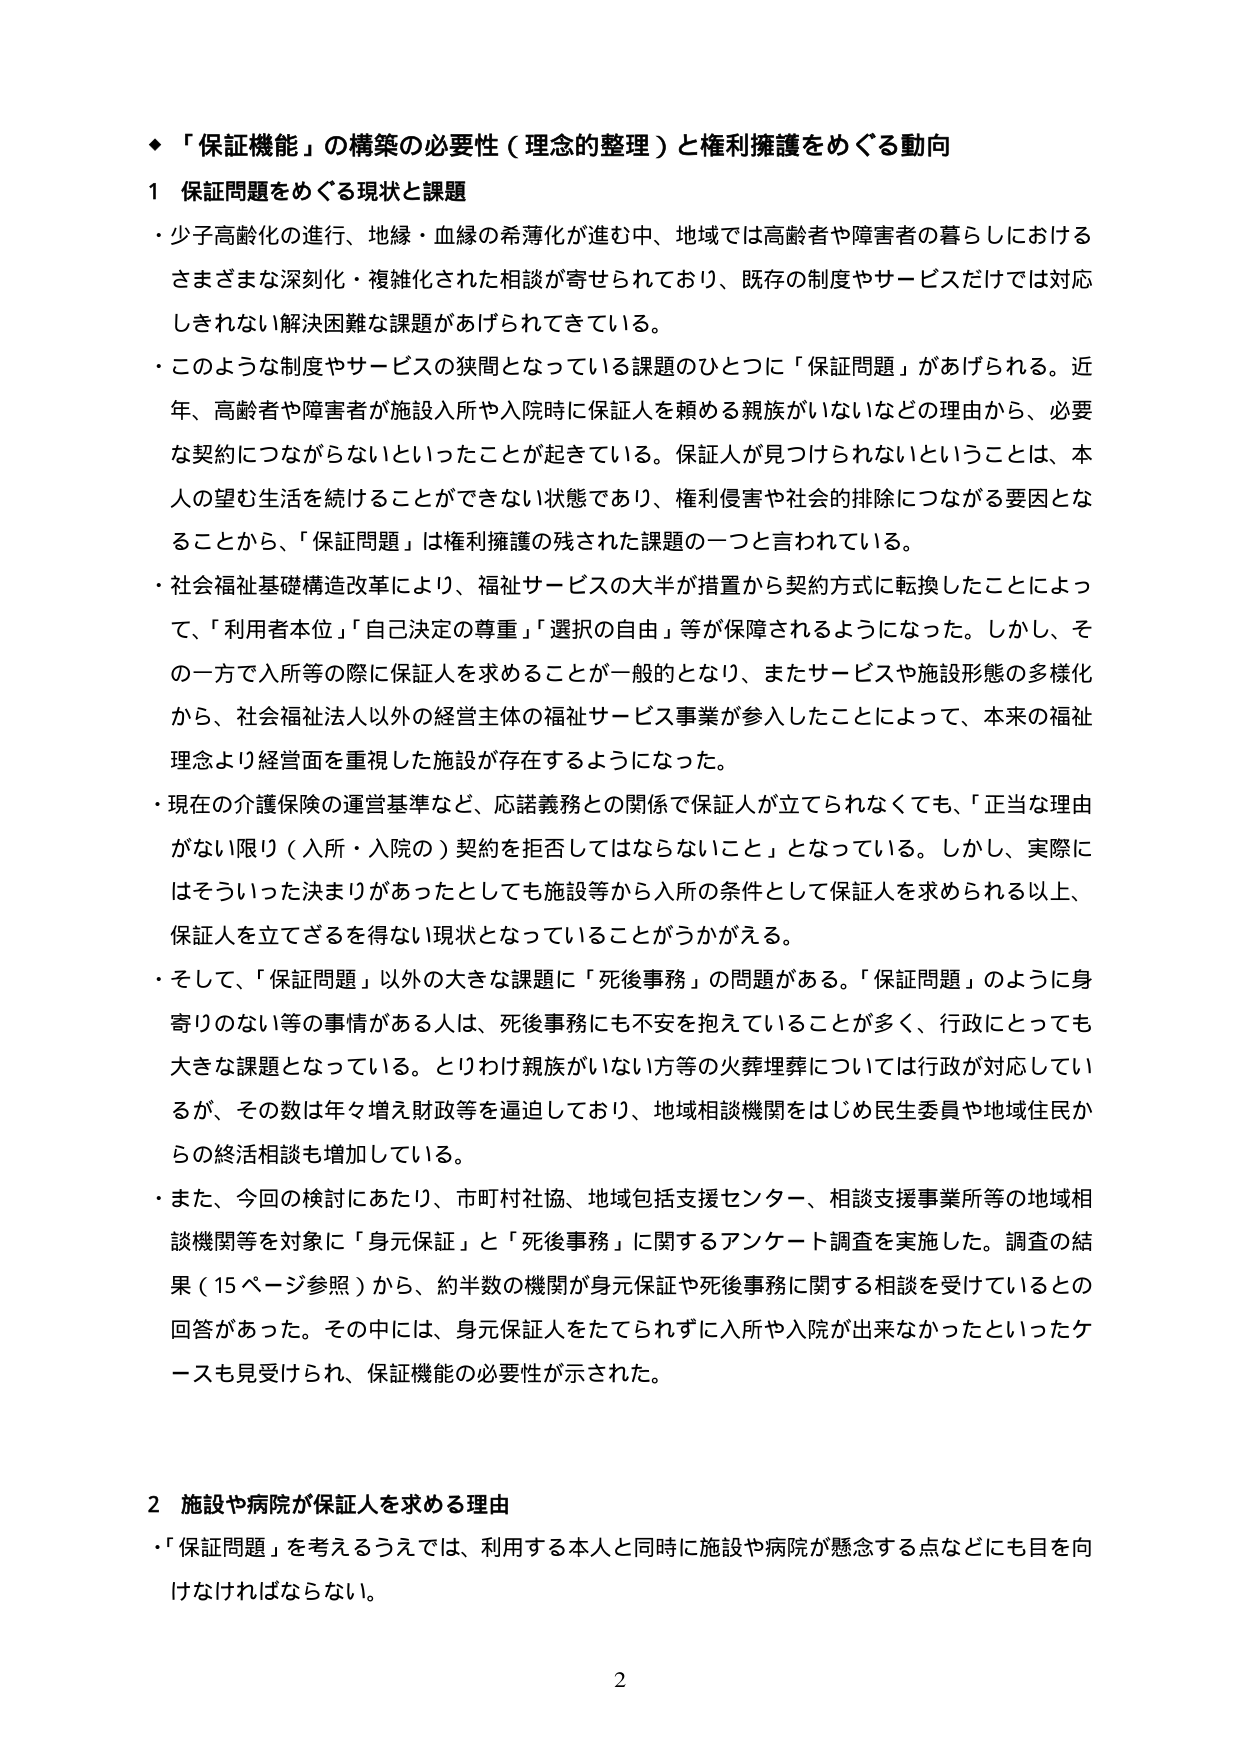
◆「保証機能」の構築の必要性（理念的整理）と権利擁護をめぐる動向

1 保証問題をめぐる現状と課題

・少子高齢化の進行、地縁・血縁の希薄化が進む中、地域では高齢者や障害者の暮らしにおけるさまざまな深刻化・複雑化された相談が寄せられており、既存の制度やサービスだけでは対応しきれない解決困難な課題があげられてきている。

・このような制度やサービスの狭間となっている課題のひとつに「保証問題」があげられる。近年、高齢者や障害者が施設入所や入院時に保証人を頼める親族がいないなどの理由から、必要な契約につながらないといったことが起きている。保証人が見つけられないということは、本人の望む生活を続けることができない状態であり、権利侵害や社会的排除につながる要因となることから、「保証問題」は権利擁護の残された課題の一つと言われている。

・社会福祉基礎構造改革により、福祉サービスの大半が措置から契約方式に転換したことによって、「利用者本位」「自己決定の尊重」「選択の自由」等が保障されるようになった。しかし、その一方で入所等の際に保証人を求めることのが一般的となり、またサービスや施設形態の多様化から、社会福祉法人以外の経営主体の福祉サービス事業が参入したことによって、本来の福祉理念より経営面を重視した施設が存在するようになった。

・現在の介護保険の運営基準など、応諾義務との関係で保証人が立てられなくても、「正当な理由がない限り（入所・入院の）契約を拒否してはならないこと」となっている。しかし、実際にはそういった決まりがあったとしても施設等から入所の条件として保証人を求められる以上、保証人を立てざるを得ない現状となっていることがうかがえる。

・そして、「保証問題」以外の大きな課題に「死後事務」の問題がある。「保証問題」のように身寄りのない等の事情がある人は、死後事務にも不安を抱えていることが多く、行政にとっても大きな課題となっている。とりわけ親族がいない方等の火葬埋葬については行政が対応しているが、その数は年々増え財政等を逼迫しており、地域相談機関をはじめ民生委員や地域住民からの終活相談も増加している。

・また、今回の検討にあたり、市町村社協、地域包括支援センター、相談支援事業所等の地域相談機関等を対象に「身元保証」と「死後事務」に関するアンケート調査を実施した。調査の結果（15ページ参照）から、約半数の機関が身元保証や死後事務に関する相談を受けているとの回答があった。その中には、身元保証人をたてられずに入所や入院が出来なかったといったケースも見受けられ、保証機能の必要性が示された。

2 施設や病院が保証人を求める理由

・「保証問題」を考えるうえでは、利用する本人と同時に施設や病院が懸念する点などにも目を向けなければならない。

2